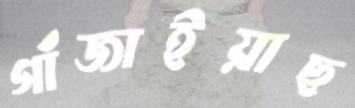
গাঁজাইয়াছ